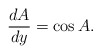
\begin{align*}{d A \over dy}= \cos A. \end{align*}